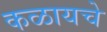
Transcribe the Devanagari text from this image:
कळायचे